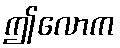
ဤလောက